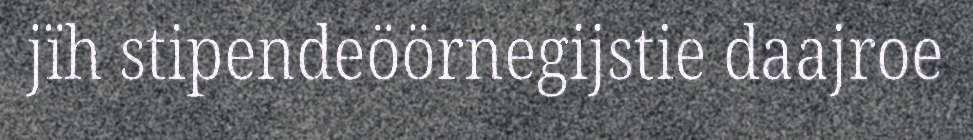
jïh stipendeöörnegijstie daajroe